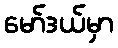
မော်ဒယ်မှာ